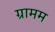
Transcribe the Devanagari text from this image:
ग्रामम